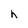
Character: h